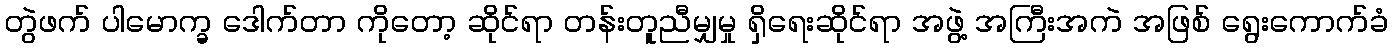
တွဲဖက် ပါမောက္ခ ဒေါက်တာ ကိုတော့ ဆိုင်ရာ တန်းတူညီမျှမှု ရှိရေးဆိုင်ရာ အဖွဲ့ အကြီးအကဲ အဖြစ် ရွေးကောက်ခံ